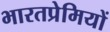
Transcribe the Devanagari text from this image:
भारतप्रेमियों